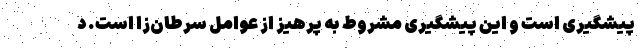
پیشگیری است و این پیشگیری مشروط به پرهیز از عوامل سرطان‌زا است. د